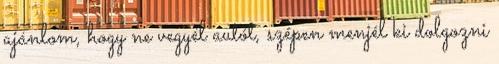
ajánlom, hogy ne vegyél autót, szépen menjél ki dolgozni